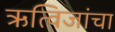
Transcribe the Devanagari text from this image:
ऋत्विजांचा